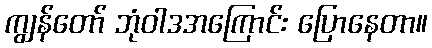
ကျွန်တော် ဘုံဝါဒအကြောင်း ပြောနေတာ။